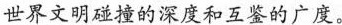
世界文明碰撞的深度和互鉴的广度。